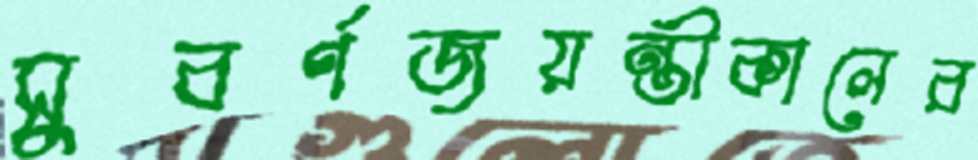
সুবর্ণজয়ন্তীকালের